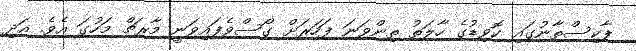
ޕާކިސްތާނުގައި ކޮވިޑުގެ ހާލަތު ތިންވަނަ ފަހަރަށް ގޯސްވެފައިވަނީ މާރޗް މަހުގަ އެވެ. އަދި